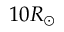
1 0 R _ { \odot }